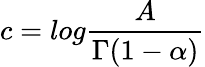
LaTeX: c=log\frac{A}{\Gamma(1-\alpha)}